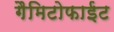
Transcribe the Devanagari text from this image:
गैमिटोफाईट